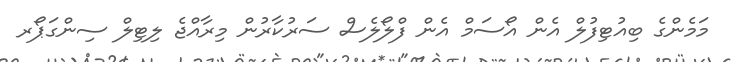
މަމެންގެ ބިއުޓިފުލް އެން އޯސަމް އެން ފްލޯލެސް ސަރުކާރުން މިރާއްޖެ ލިޓިލް ސިންގަޕޯރ